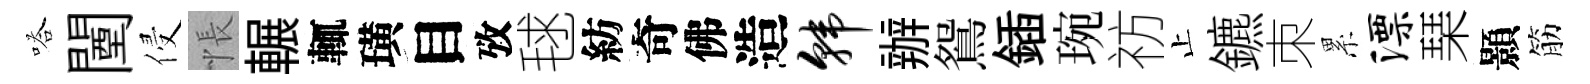
嗒闉侵悵輾輒璜目攷毬紡奇佛造韩辦鴛鍤琬祊止鑣朿累漂琹顥筋